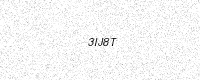
Text: 3IJ8T